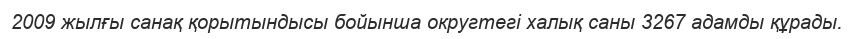
2009 жылғы санақ қорытындысы бойынша округтегі халық саны 3267 адамды құрады.